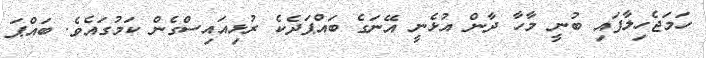
ހަމަޖެހިލާފައި ބުނީ މާހާ ދާން އުޅެނީ އޭނަގެ ބައްޕަދެކެ ރުޅިއައިސްގެން ކަމުގައެވެ. ބައްޕަ